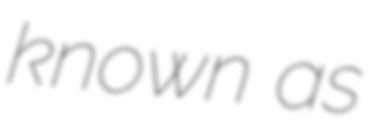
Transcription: known as